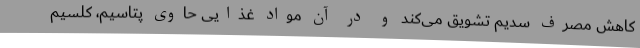
کاهش مصرف سدیم تشویق می‌کند و در آن مواد غذایی حاوی پتاسیم، کلسیم